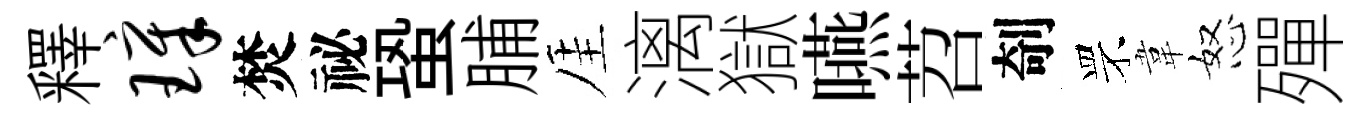
釋璋焚祕蛩脯厓漓獄嚥苕剞罘韋怒殫